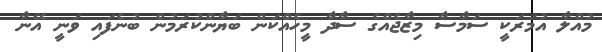
މުއްލާ އުމަރަކީ ސަމާސާ މިޒާޖެއްގެ ސާދާ މީހެއްކަން ބަޔާންކުރަމުން ބުނެފައި ވަނީ އޭނާ